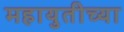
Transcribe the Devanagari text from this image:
महायुतीच्या